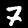
Label: 7